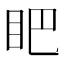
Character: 𱲫